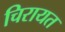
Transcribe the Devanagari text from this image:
चिरायत